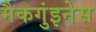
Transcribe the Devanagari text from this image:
मैकगुंइनेस